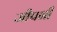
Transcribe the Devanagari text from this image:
जीपनी